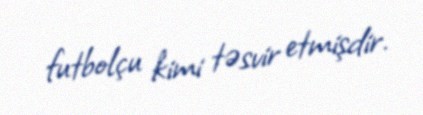
futbolçu kimi təsvir etmişdir.